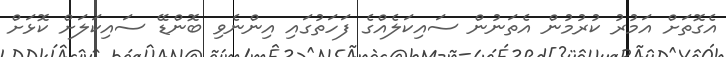
އެގޮތަށް އަމުރު ކުރުމުން އެތަނުން ސައިކަލެއްގެ ފަހަތުގައި އިންނެވި ބޮންޑޭ ސައިކަލަށް ކޮޅަށް